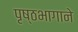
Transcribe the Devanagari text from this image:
पृष्ठभागाने